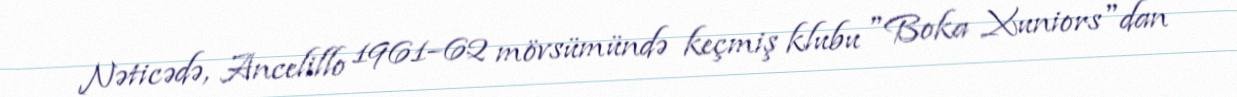
Nəticədə, Ancelillo 1961–62 mövsümündə keçmiş klubu "Boka Xuniors"dan